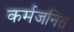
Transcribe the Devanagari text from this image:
कर्मजनित